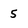
Character: 5